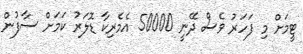
ޓީމަށް މި ފަހަރު ވެސް ދޭނީ 50000 އެމެރިކާ ޑޮލަރު ކަމަށް ސާފުން